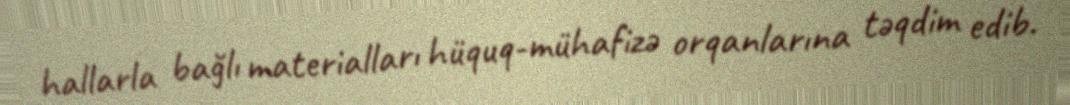
hallarla bağlı materialları hüquq-mühafizə orqanlarına təqdim edib.